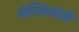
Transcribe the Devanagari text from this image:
लेत्सियोनी